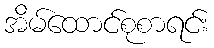
အိမ်ထောင်စုစာရင်း